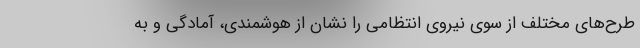
طرح‌های مختلف از سوی نیروی انتظامی را نشان از هوشمندی، آمادگی و به